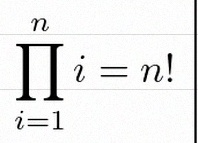
\prod_{i=1}^{n}i=n!